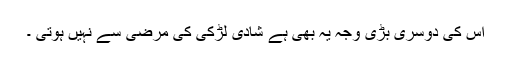
اس کی دوسری بڑی وجہ یہ بھی ہے شادی لڑکی کی مرضی سے نہیں ہوتی ۔